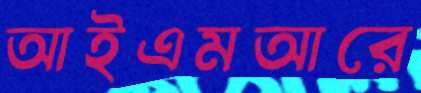
আইএমআরে